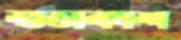
শুভাকাশ